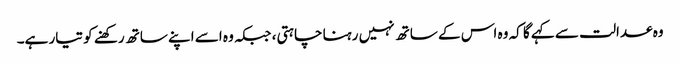
وہ عدالت سے کہے گا کہ وہ اس کے ساتھ نہیں رہنا چاہتی، جبکہ وہ اسے اپنے ساتھ رکھنے کو تیار ہے۔